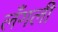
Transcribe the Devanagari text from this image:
लँगली